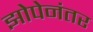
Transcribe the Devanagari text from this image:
झोपेनंतर